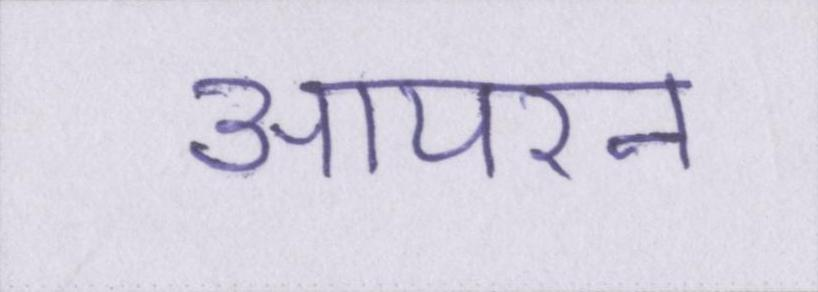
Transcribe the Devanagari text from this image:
आयरन